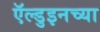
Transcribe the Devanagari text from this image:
ऍल्डुइनच्या